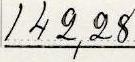
142,28